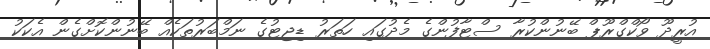
އުރީދޫ ވޯކްގްރޫޕް ބޭނުންކުރާ ސްޓާފުންގެ މެދުގައި ހަތަރު ޑިޖިޓުގެ ނަމްބަރުތަކެއް ބޭނުންކޮށްގެން އެކަކު